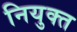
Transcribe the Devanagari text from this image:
नियुक्त